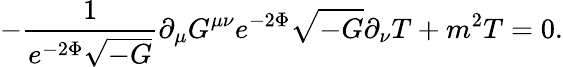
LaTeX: -\frac{1}{e^{-2\Phi}\sqrt{-G}}\partial_{\mu}G^{\mu\nu}e^{-2\Phi}\sqrt{-G}\partial_{\nu}T+m^{2}T=0.